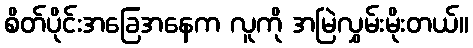
စိတ်ပိုင်းအခြေအနေက လူကို အမြဲလွှမ်းမိုးတယ်။